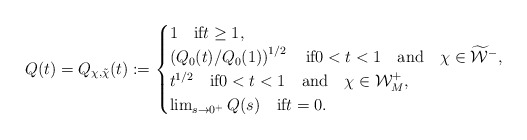
\begin{align*}Q(t)= Q_{\chi,\tilde{\chi}}(t):=\begin{cases}1 \quad\mbox{if}t\ge 1,\\\left(Q_{0}(t)/Q_{0}(1)\right)^{1/2}\quad\mbox{if}0<t<1\quad\mbox{and}\quad\chi\in\widetilde{\mathcal{W}}^{-},\\t^{1/2}\quad\mbox{if}0<t<1\quad\mbox{and}\quad\chi\in\mathcal{W}_M^{+},\\\lim_{s\to 0^+}Q(s)\quad\mbox{if}t=0.\end{cases}\end{align*}